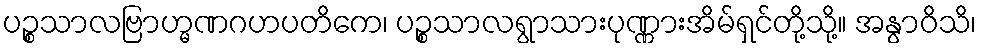
ပဉ္စသာလဗြာဟ္မဏဂဟပတိကေ၊ ပဉ္စသာလရွာသားပုဏ္ဏားအိမ်ရှင်တို့သို့။ အနွာဝိသိ၊